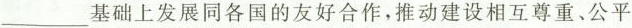
___基础上发展同各国的友好合作，推动建设相互尊重、公平